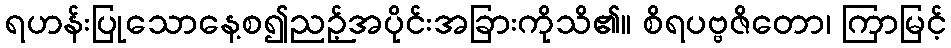
ရဟန်းပြုသောနေ့စ၍ညဉ့်အပိုင်းအခြားကိုသိ၏။ စိရပဗ္ဗဇိတော၊ ကြာမြင့်